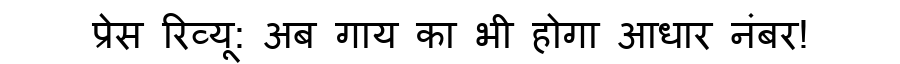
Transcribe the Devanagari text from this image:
प्रेस रिव्यू: अब गाय का भी होगा आधार नंबर!